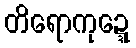
တိရောကုဍ္ဍေ